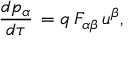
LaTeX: { \frac { d p _ { \alpha } } { d \tau } } \, = q \, F _ { \alpha \beta } \, u ^ { \beta } ,